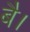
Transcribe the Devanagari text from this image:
बै।